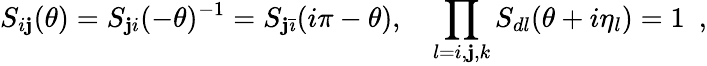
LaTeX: S_{i\mathbf{j}}(\theta)=S_{\mathbf{j}i}(-\theta)^{-1}=S_{\mathbf{j}\bar{{\imath}}}(i\pi-\theta),\quad\prod_{l=i,\mathbf{j},k}S_{dl}(\theta+i\eta_{l})=1\, \, \, ,